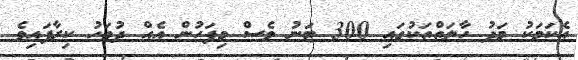
އެކަމަކު މަދު ހާލަތްތަކުގައި 300 ޓަނު ވެސް މިފަހުން އެއް ދުވަހު ކިރާފައިވެ